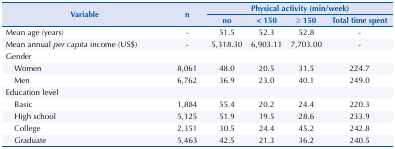
| <ROWSPAN=3> Variable | <ROWSPAN=3> n | <COLSPAN=4> Physical activity (min/week) |
 | no | < 150 | ≥ 150 | Total time spent |
 | --- | --- | --- | --- | --- | --- |
 | Mean age (years) | - | 51.5 | 52.3 | 52.8 | - |
 | Mean annual per capita income (US$) | - | 5,318.30 | 6,903.11 | 7,703.00 | - |
 | Gender |  |  |  |  |  |
 | Women | 8,061 | 48.0 | 20.5 | 31.5 | 224.7 |
 | Men | 6,762 | 36.9 | 23.0 | 40.1 | 249.0 |
 | Education level |  |  |  |  |  |
 | Basic | 1,884 | 55.4 | 20.2 | 24.4 | 220.3 |
 | High school | 5,125 | 51.9 | 19.5 | 28.6 | 233.9 |
 | College | 2,351 | 30.5 | 24.4 | 45.2 | 242.8 |
 | Graduate | 5,463 | 42.5 | 21.3 | 36.2 | 240.5 |